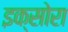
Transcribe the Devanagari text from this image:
इक्सोरा